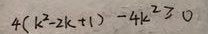
4 ( k ^ { 2 } - 2 k + 1 ) - 4 k ^ { 2 } \geq 0